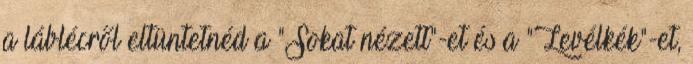
a láblécről eltüntetnéd a "Sokat nézett"-et és a "Levélkék"-et,